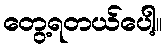
တွေ့ရတယ်ပေါ့။